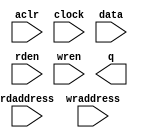
// megafunction wizard: %RAM: 2-PORT%VBB%
// GENERATION: STANDARD
// VERSION: WM1.0
// MODULE: altsyncram 

// ============================================================
// Megafunction Name(s):
// 			altsyncram
//
// Simulation Library Files(s):
// 			altera_mf
// ============================================================
// ************************************************************
// THIS IS A WIZARD-GENERATED FILE. DO NOT EDIT THIS FILE!
//
// 10.0 Build 218 06/27/2010 SJ Web Edition
// ************************************************************

//Copyright (C) 1991-2010 Altera Corporation
//Your use of Altera Corporation's design tools, logic functions 
//and other software and tools, and its AMPP partner logic 
//functions, and any output files from any of the foregoing 
//(including device programming or simulation files), and any 
//associated documentation or information are expressly subject 
//to the terms and conditions of the Altera Program License 
//Subscription Agreement, Altera MegaCore Function License 
//Agreement, or other applicable license agreement, including, 
//without limitation, that your use is for the sole purpose of 
//programming logic devices manufactured by Altera and sold by 
//Altera or its authorized distributors.  Please refer to the 
//applicable agreement for further details.

module dp_mem_32x32 (
	aclr,
	clock,
	data,
	rdaddress,
	rden,
	wraddress,
	wren,
	q);

	input	  aclr;
	input	  clock;
	input	[31:0]  data;
	input	[4:0]  rdaddress;
	input	  rden;
	input	[4:0]  wraddress;
	input	  wren;
	output	[31:0]  q;
`ifndef ALTERA_RESERVED_QIS
// synopsys translate_off
`endif
	tri0	  aclr;
	tri1	  clock;
	tri1	  rden;
	tri0	  wren;
`ifndef ALTERA_RESERVED_QIS
// synopsys translate_on
`endif

endmodule

// ============================================================
// CNX file retrieval info
// ============================================================
// Retrieval info: PRIVATE: ADDRESSSTALL_A NUMERIC "0"
// Retrieval info: PRIVATE: ADDRESSSTALL_B NUMERIC "0"
// Retrieval info: PRIVATE: BYTEENA_ACLR_A NUMERIC "0"
// Retrieval info: PRIVATE: BYTEENA_ACLR_B NUMERIC "0"
// Retrieval info: PRIVATE: BYTE_ENABLE_A NUMERIC "0"
// Retrieval info: PRIVATE: BYTE_ENABLE_B NUMERIC "0"
// Retrieval info: PRIVATE: BYTE_SIZE NUMERIC "8"
// Retrieval info: PRIVATE: BlankMemory NUMERIC "1"
// Retrieval info: PRIVATE: CLOCK_ENABLE_INPUT_A NUMERIC "0"
// Retrieval info: PRIVATE: CLOCK_ENABLE_INPUT_B NUMERIC "0"
// Retrieval info: PRIVATE: CLOCK_ENABLE_OUTPUT_A NUMERIC "0"
// Retrieval info: PRIVATE: CLOCK_ENABLE_OUTPUT_B NUMERIC "0"
// Retrieval info: PRIVATE: CLRdata NUMERIC "0"
// Retrieval info: PRIVATE: CLRq NUMERIC "1"
// Retrieval info: PRIVATE: CLRrdaddress NUMERIC "1"
// Retrieval info: PRIVATE: CLRrren NUMERIC "0"
// Retrieval info: PRIVATE: CLRwraddress NUMERIC "0"
// Retrieval info: PRIVATE: CLRwren NUMERIC "0"
// Retrieval info: PRIVATE: Clock NUMERIC "0"
// Retrieval info: PRIVATE: Clock_A NUMERIC "0"
// Retrieval info: PRIVATE: Clock_B NUMERIC "0"
// Retrieval info: PRIVATE: ECC NUMERIC "0"
// Retrieval info: PRIVATE: IMPLEMENT_IN_LES NUMERIC "0"
// Retrieval info: PRIVATE: INDATA_ACLR_B NUMERIC "0"
// Retrieval info: PRIVATE: INDATA_REG_B NUMERIC "0"
// Retrieval info: PRIVATE: INIT_FILE_LAYOUT STRING "PORT_B"
// Retrieval info: PRIVATE: INIT_TO_SIM_X NUMERIC "0"
// Retrieval info: PRIVATE: INTENDED_DEVICE_FAMILY STRING "Cyclone IV E"
// Retrieval info: PRIVATE: JTAG_ENABLED NUMERIC "0"
// Retrieval info: PRIVATE: JTAG_ID STRING "NONE"
// Retrieval info: PRIVATE: MAXIMUM_DEPTH NUMERIC "0"
// Retrieval info: PRIVATE: MEMSIZE NUMERIC "1024"
// Retrieval info: PRIVATE: MEM_IN_BITS NUMERIC "0"
// Retrieval info: PRIVATE: MIFfilename STRING ""
// Retrieval info: PRIVATE: OPERATION_MODE NUMERIC "2"
// Retrieval info: PRIVATE: OUTDATA_ACLR_B NUMERIC "1"
// Retrieval info: PRIVATE: OUTDATA_REG_B NUMERIC "1"
// Retrieval info: PRIVATE: RAM_BLOCK_TYPE NUMERIC "0"
// Retrieval info: PRIVATE: READ_DURING_WRITE_MODE_MIXED_PORTS NUMERIC "1"
// Retrieval info: PRIVATE: READ_DURING_WRITE_MODE_PORT_A NUMERIC "3"
// Retrieval info: PRIVATE: READ_DURING_WRITE_MODE_PORT_B NUMERIC "3"
// Retrieval info: PRIVATE: REGdata NUMERIC "1"
// Retrieval info: PRIVATE: REGq NUMERIC "1"
// Retrieval info: PRIVATE: REGrdaddress NUMERIC "1"
// Retrieval info: PRIVATE: REGrren NUMERIC "1"
// Retrieval info: PRIVATE: REGwraddress NUMERIC "1"
// Retrieval info: PRIVATE: REGwren NUMERIC "1"
// Retrieval info: PRIVATE: SYNTH_WRAPPER_GEN_POSTFIX STRING "0"
// Retrieval info: PRIVATE: USE_DIFF_CLKEN NUMERIC "0"
// Retrieval info: PRIVATE: UseDPRAM NUMERIC "1"
// Retrieval info: PRIVATE: VarWidth NUMERIC "0"
// Retrieval info: PRIVATE: WIDTH_READ_A NUMERIC "32"
// Retrieval info: PRIVATE: WIDTH_READ_B NUMERIC "32"
// Retrieval info: PRIVATE: WIDTH_WRITE_A NUMERIC "32"
// Retrieval info: PRIVATE: WIDTH_WRITE_B NUMERIC "32"
// Retrieval info: PRIVATE: WRADDR_ACLR_B NUMERIC "0"
// Retrieval info: PRIVATE: WRADDR_REG_B NUMERIC "0"
// Retrieval info: PRIVATE: WRCTRL_ACLR_B NUMERIC "0"
// Retrieval info: PRIVATE: enable NUMERIC "0"
// Retrieval info: PRIVATE: rden NUMERIC "1"
// Retrieval info: LIBRARY: altera_mf altera_mf.altera_mf_components.all
// Retrieval info: CONSTANT: ADDRESS_ACLR_B STRING "CLEAR0"
// Retrieval info: CONSTANT: ADDRESS_REG_B STRING "CLOCK0"
// Retrieval info: CONSTANT: CLOCK_ENABLE_INPUT_A STRING "BYPASS"
// Retrieval info: CONSTANT: CLOCK_ENABLE_INPUT_B STRING "BYPASS"
// Retrieval info: CONSTANT: CLOCK_ENABLE_OUTPUT_B STRING "BYPASS"
// Retrieval info: CONSTANT: INTENDED_DEVICE_FAMILY STRING "Cyclone IV E"
// Retrieval info: CONSTANT: LPM_TYPE STRING "altsyncram"
// Retrieval info: CONSTANT: NUMWORDS_A NUMERIC "32"
// Retrieval info: CONSTANT: NUMWORDS_B NUMERIC "32"
// Retrieval info: CONSTANT: OPERATION_MODE STRING "DUAL_PORT"
// Retrieval info: CONSTANT: OUTDATA_ACLR_B STRING "CLEAR0"
// Retrieval info: CONSTANT: OUTDATA_REG_B STRING "CLOCK0"
// Retrieval info: CONSTANT: POWER_UP_UNINITIALIZED STRING "FALSE"
// Retrieval info: CONSTANT: RDCONTROL_REG_B STRING "CLOCK0"
// Retrieval info: CONSTANT: READ_DURING_WRITE_MODE_MIXED_PORTS STRING "OLD_DATA"
// Retrieval info: CONSTANT: WIDTHAD_A NUMERIC "5"
// Retrieval info: CONSTANT: WIDTHAD_B NUMERIC "5"
// Retrieval info: CONSTANT: WIDTH_A NUMERIC "32"
// Retrieval info: CONSTANT: WIDTH_B NUMERIC "32"
// Retrieval info: CONSTANT: WIDTH_BYTEENA_A NUMERIC "1"
// Retrieval info: USED_PORT: aclr 0 0 0 0 INPUT GND "aclr"
// Retrieval info: USED_PORT: clock 0 0 0 0 INPUT VCC "clock"
// Retrieval info: USED_PORT: data 0 0 32 0 INPUT NODEFVAL "data[31..0]"
// Retrieval info: USED_PORT: q 0 0 32 0 OUTPUT NODEFVAL "q[31..0]"
// Retrieval info: USED_PORT: rdaddress 0 0 5 0 INPUT NODEFVAL "rdaddress[4..0]"
// Retrieval info: USED_PORT: rden 0 0 0 0 INPUT VCC "rden"
// Retrieval info: USED_PORT: wraddress 0 0 5 0 INPUT NODEFVAL "wraddress[4..0]"
// Retrieval info: USED_PORT: wren 0 0 0 0 INPUT GND "wren"
// Retrieval info: CONNECT: @aclr0 0 0 0 0 aclr 0 0 0 0
// Retrieval info: CONNECT: @address_a 0 0 5 0 wraddress 0 0 5 0
// Retrieval info: CONNECT: @address_b 0 0 5 0 rdaddress 0 0 5 0
// Retrieval info: CONNECT: @clock0 0 0 0 0 clock 0 0 0 0
// Retrieval info: CONNECT: @data_a 0 0 32 0 data 0 0 32 0
// Retrieval info: CONNECT: @rden_b 0 0 0 0 rden 0 0 0 0
// Retrieval info: CONNECT: @wren_a 0 0 0 0 wren 0 0 0 0
// Retrieval info: CONNECT: q 0 0 32 0 @q_b 0 0 32 0
// Retrieval info: GEN_FILE: TYPE_NORMAL dp_mem_32x32.v TRUE
// Retrieval info: GEN_FILE: TYPE_NORMAL dp_mem_32x32.inc FALSE
// Retrieval info: GEN_FILE: TYPE_NORMAL dp_mem_32x32.cmp FALSE
// Retrieval info: GEN_FILE: TYPE_NORMAL dp_mem_32x32.bsf FALSE
// Retrieval info: GEN_FILE: TYPE_NORMAL dp_mem_32x32_inst.v FALSE
// Retrieval info: GEN_FILE: TYPE_NORMAL dp_mem_32x32_bb.v TRUE
// Retrieval info: LIB_FILE: altera_mf